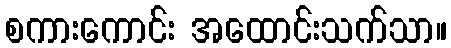
စကားကောင်း အထောင်းသက်သာ။